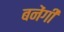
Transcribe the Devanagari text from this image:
बनेंगीं